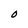
Character: O